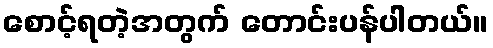
စောင့်ရတဲ့အတွက် တောင်းပန်ပါတယ်။